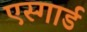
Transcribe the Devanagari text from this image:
एस्गार्ड